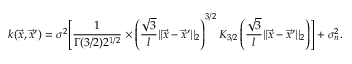
k ( \vec { x } , \vec { x } ^ { \prime } ) = \sigma ^ { 2 } \Biggl [ \frac { 1 } { \Gamma ( { 3 / 2 } ) 2 ^ { { 1 / 2 } } } \times \left( \frac { \sqrt { 3 } } { l } | | \vec { x } - \vec { x } ^ { \prime } | | _ { 2 } \right) ^ { 3 / 2 } K _ { 3 / 2 } \left( \frac { \sqrt { 3 } } { l } | | \vec { x } - \vec { x } ^ { \prime } | | _ { 2 } \right) \Biggr ] + \sigma _ { n } ^ { 2 } .